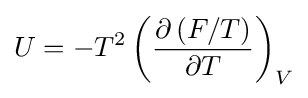
U=-T^{2}\left({\frac {\partial \left(F/T\right)}{\partial T}}\right)_{V}